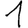
Digit: 1